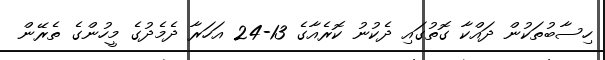
ހިސާބުތަކުން ދައްކާ ގޮތުގައި ދެކުނު ކޮރެއާގެ 13-24 އަހަރާ ދެމެދުގެ މީހުންގެ ތެރޭން